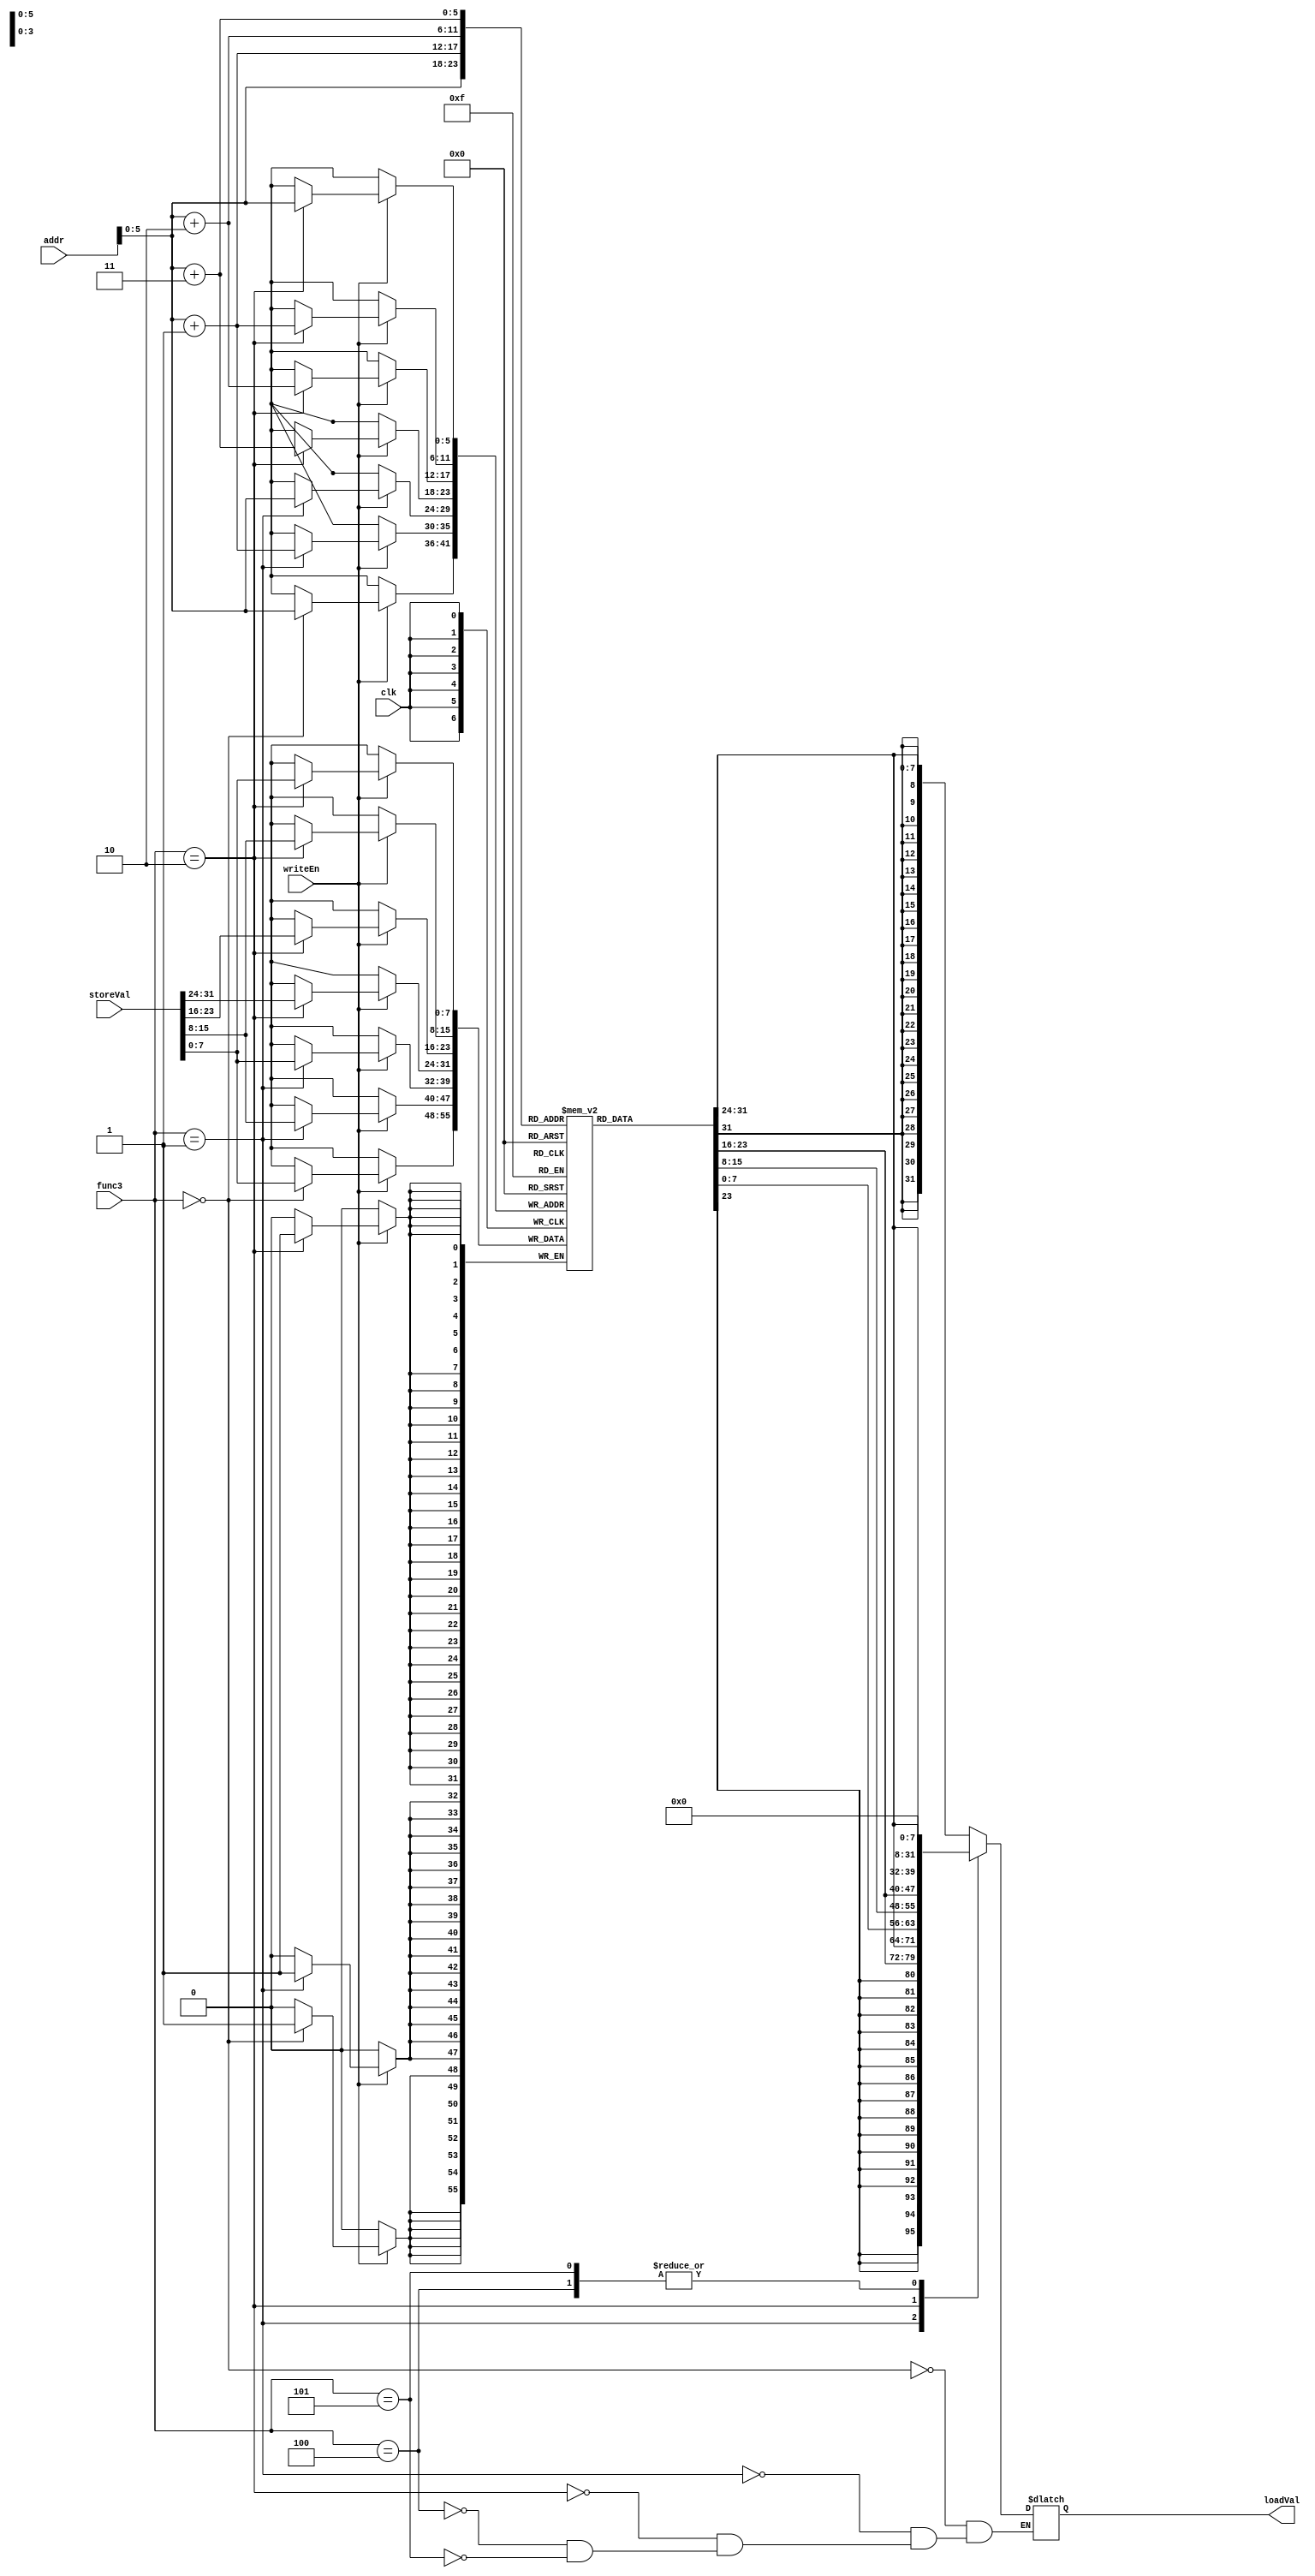
module datamem(
    input clk,
    input writeEn,
    input [31:0]addr,
    input wire[2:0]func3,
    input wire[31:0] storeVal,      //rs2
    output reg[31:0] loadVal

);

reg [7:0] mem[0:40];

always@(posedge clk) begin
    if (writeEn) begin  //store
        case(func3)
        3'b010: begin          // store word
            mem[addr    ] = storeVal[7:0];
            mem[addr + 1] = storeVal[15:8];
            mem[addr + 2] = storeVal[23:16];
            mem[addr + 3] = storeVal[31:24];
            end

        3'b001: begin          //store Half
            mem[addr    ] = storeVal[7:0];
            mem[addr + 1] = storeVal[15:8];
            end
        
        3'b000:                //store byte
            mem[addr    ] = storeVal[7:0];
        endcase
    end
end

always @(*) begin
    case(func3)
    3'b000: loadVal = {{24{mem[addr][7]}}, mem[addr]};    //LB
    3'b001: loadVal = {{16{mem[addr+1][7]}}, mem[addr + 1], mem[addr]};    //LH
    3'b010: loadVal = {mem[addr + 3], mem[addr + 2], mem[addr + 1], mem[addr]};   //LW
    3'b100: loadVal = {24'd0, mem[addr]};    //LBU
    3'b101: loadVal = {12'd0, mem[addr]};    //LHU
    endcase   
    
end



endmodule






//https://stackoverflow.com/questions/4176556/how-to-sign-extend-a-number-in-verilog